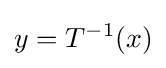
y=T^{-1}(x)